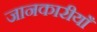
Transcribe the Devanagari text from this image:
जानकारीयाँ